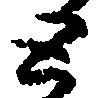
と